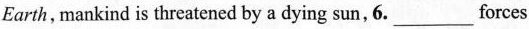
Earth, mankind is threatened by a dying sun,6.___ forces